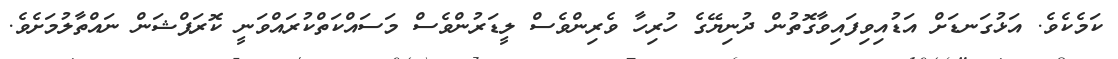
ކަމެކެވެ. އަޅުގަނޑަށް އަޑުއިވިފައިވާގޮތުން ދުނިޔޭގެ ހުރިހާ ވެރިންވެސް ލީޑަރުންވެސް މަސައްކަތްކުރައްވަނީ ކޮރަޕްޝަން ނައްތާލުމަށެވެ.